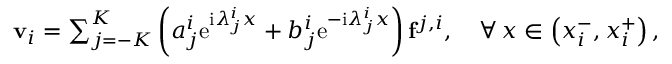
\begin{array} { r } { \mathbf { v } _ { i } = \sum _ { j = - K } ^ { K } \left( a _ { j } ^ { i } \mathrm { e } ^ { \mathrm { i } \lambda _ { j } ^ { i } x } + b _ { j } ^ { i } \mathrm { e } ^ { - \mathrm { i } \lambda _ { j } ^ { i } x } \right) \mathbf { f } ^ { j , i } , \quad \forall \, x \in \left( x _ { i } ^ { - } , x _ { i } ^ { + } \right) , } \end{array}